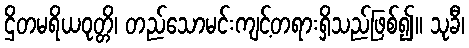
ဌိတမရိယဝုတ္တိ၊ တည်သောမင်းကျင့်တရားရှိသည်ဖြစ်၍။ သုခီ၊